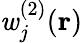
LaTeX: \mathit{w}_{j}^{(2)}(\mathbf{{r}})